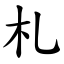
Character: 札